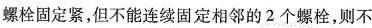
螺栓固定紧，但不能连续固定相邻的2个螺栓，则不